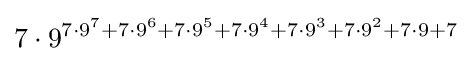
7\cdot 9^{7\cdot 9^{7}+7\cdot 9^{6}+7\cdot 9^{5}+7\cdot 9^{4}+7\cdot 9^{3}+7\cdot 9^{2}+7\cdot 9+7}